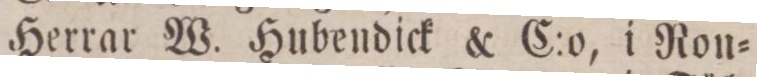
Herrar W. Hubendick & C:o, i Non=